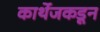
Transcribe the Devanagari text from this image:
कार्थेजकडून